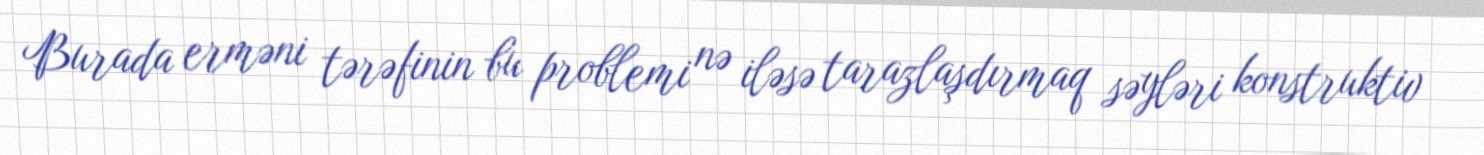
Burada erməni tərəfinin bu problemi nə iləsə tarazlaşdırmaq səyləri konstruktiv